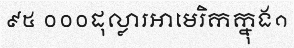
៩៥ ០០០ដុល្លារអាមេរិកក្នុង១